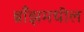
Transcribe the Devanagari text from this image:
ब्राँझमधील